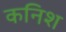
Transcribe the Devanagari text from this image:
कनिश